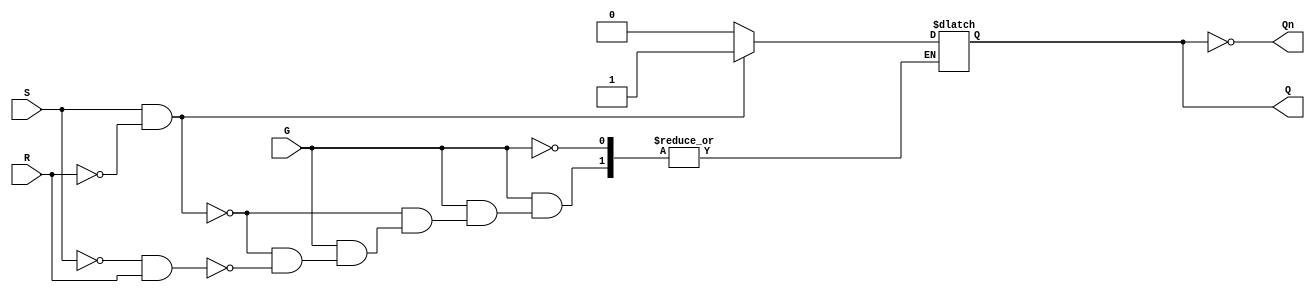
module GatedSRLatch (
    input wire S,      // Set input
    input wire R,      // Reset input
    input wire G,      // Gate input
    output reg Q,      // Output Q
    output wire Qn     // Complement of Q (optional output)
);

    assign Qn = ~Q;    // Complement of Q

    always @* begin
        if (G) begin
            // When G is high, respond to S and R
            if (S && !R) begin
                Q = 1'b1;  // Set condition
            end else if (!S && R) begin
                Q = 1'b0;  // Reset condition
            end
            // If both S and R are low, retain the previous state (handled by the latch feedback)
        end
        // When G is low, retain the previous state (Q does not change)
    end

endmodule